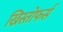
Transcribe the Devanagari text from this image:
ख्रिस्तोफर्स